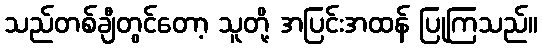
သည်တစ်ချီတွင်တော့ သူတို့ အပြင်းအထန် ပြုကြသည်။